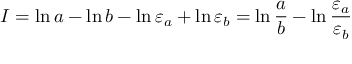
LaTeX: I = \ln a - \ln b - \ln { \varepsilon _ { a } } + \ln { \varepsilon _ { b } } = \ln { \frac { a } { b } } - \ln { \frac { \varepsilon _ { a } } { \varepsilon _ { b } } }